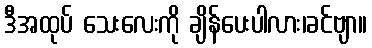
ဒီအထုပ် သေးလေးကို ချိန်ပေးပါလား၊ခင်ဗျာ။